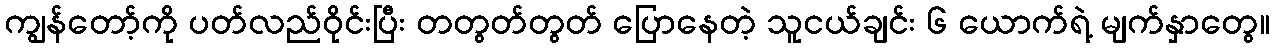
ကျွန်တော့်ကို ပတ်လည်ဝိုင်းပြီး တတွတ်တွတ် ပြောနေတဲ့ သူငယ်ချင်း ၆ ယောက်ရဲ့ မျက်နှာတွေ။